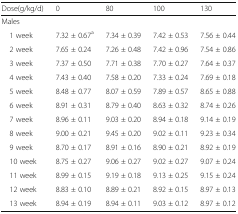
<table><thead><tr><td><b>Dose(g/kg/d)</b></td><td><b>0</b></td><td><b>80</b></td><td><b>100</b></td><td><b>130</b></td></tr></thead><tbody><tr><td colspan="5">Males</td></tr><tr><td> 1 week</td><td>7.32 ± 0.67<sup>a</sup></td><td>7.34 ± 0.39</td><td>7.42 ± 0.53</td><td>7.56 ± 0.44</td></tr><tr><td> 2 week</td><td>7.65 ± 0.24</td><td>7.26 ± 0.48</td><td>7.42 ± 0.96</td><td>7.54 ± 0.86</td></tr><tr><td> 3 week</td><td>7.37 ± 0.50</td><td>7.71 ± 0.38</td><td>7.70 ± 0.27</td><td>7.64 ± 0.37</td></tr><tr><td> 4 week</td><td>7.43 ± 0.40</td><td>7.58 ± 0.20</td><td>7.33 ± 0.24</td><td>7.69 ± 0.18</td></tr><tr><td> 5 week</td><td>8.48 ± 0.77</td><td>8.07 ± 0.59</td><td>7.89 ± 0.57</td><td>8.65 ± 0.88</td></tr><tr><td> 6 week</td><td>8.91 ± 0.31</td><td>8.79 ± 0.40</td><td>8.63 ± 0.32</td><td>8.74 ± 0.26</td></tr><tr><td> 7 week</td><td>8.96 ± 0.11</td><td>9.03 ± 0.20</td><td>8.94 ± 0.18</td><td>9.14 ± 0.19</td></tr><tr><td> 8 week</td><td>9.00 ± 0.21</td><td>9.45 ± 0.20</td><td>9.02 ± 0.11</td><td>9.23 ± 0.34</td></tr><tr><td> 9 week</td><td>8.70 ± 0.17</td><td>8.91 ± 0.16</td><td>8.90 ± 0.21</td><td>8.92 ± 0.19</td></tr><tr><td> 10 week</td><td>8.75 ± 0.27</td><td>9.06 ± 0.27</td><td>9.02 ± 0.27</td><td>9.07 ± 0.24</td></tr><tr><td> 11 week</td><td>8.99 ± 0.15</td><td>9.19 ± 0.18</td><td>9.13 ± 0.25</td><td>9.15 ± 0.24</td></tr><tr><td> 12 week</td><td>8.83 ± 0.10</td><td>8.89 ± 0.21</td><td>8.92 ± 0.15</td><td>8.97 ± 0.13</td></tr><tr><td> 13 week</td><td>8.94 ± 0.19</td><td>8.94 ± 0.11</td><td>9.03 ± 0.12</td><td>8.97 ± 0.12</td></tr></tbody></table>